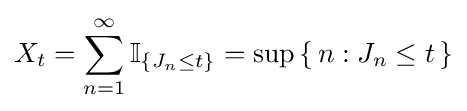
X_{t}=\sum _{n=1}^{\infty }\operatorname {\mathbb {I} } _{\{J_{n}\leq t\}}=\sup \left\{\,n:J_{n}\leq t\,\right\}